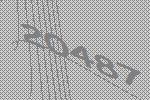
20487